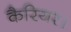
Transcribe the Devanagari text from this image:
कैरियर।